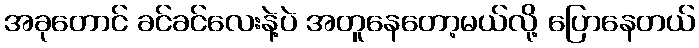
အခုတောင် ခင်ခင်လေးနဲ့ပဲ အတူနေတော့မယ်လို့ ပြောနေတယ်